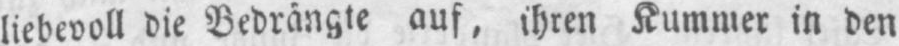
Kummer in den